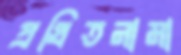
প্রথিতনামা